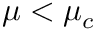
\mu < \mu _ { c }